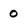
Character: 0